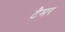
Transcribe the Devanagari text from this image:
टैमर